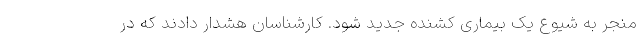
منجر به شیوع یک بیماری کشنده جدید شود. کارشناسان هشدار دادند که در